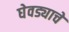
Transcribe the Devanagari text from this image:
घेवड्याचे